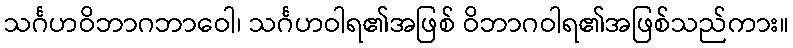
သင်္ဂဟဝိဘာဂဘာဝေါ၊ သင်္ဂဟဝါရ၏အဖြစ် ဝိဘာဂဝါရ၏အဖြစ်သည်ကား။